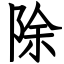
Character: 除